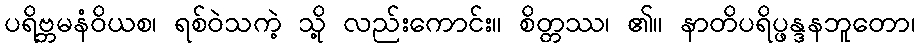
ပရိဗ္ဘမနံဝိယစ၊ ရစ်ဝဲသကဲ့ သို့ လည်းကောင်း။ စိတ္တဿ၊ ၏။ နာတိပရိပ္ဖန္ဒနဘူတော၊